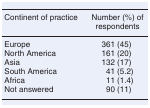
| Continent of practice | Number (%) of respondents |
 | --- | --- |
 | Europe | 361 (45) |
 | North America | 161 (20) |
 | Asia | 132 (17) |
 | South America | 41 (5.2) |
 | Africa | 11 (1.4) |
 | Not answered | 90 (11) |